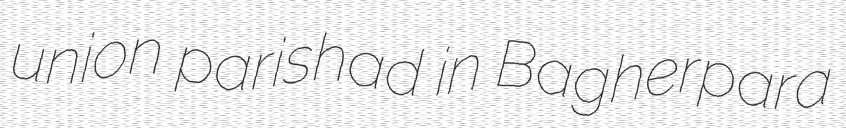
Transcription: union parishad in Bagherpara